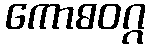
ကောဓဝဂ္ဂ